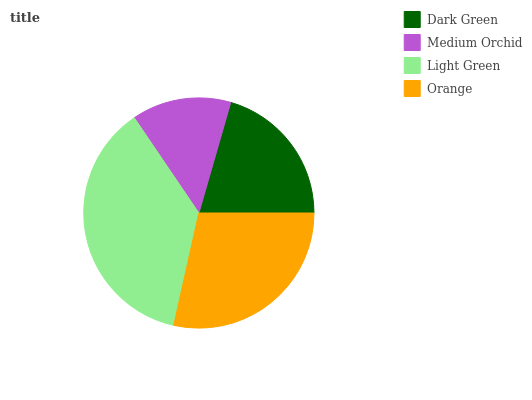
| Dark Green | Medium Orchid | Light Green | Orange |
 | --- | --- | --- | --- |
 | 20.5% | 13.9% | 37.1% | 28.5% |